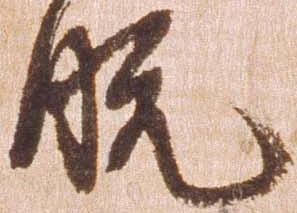
脱